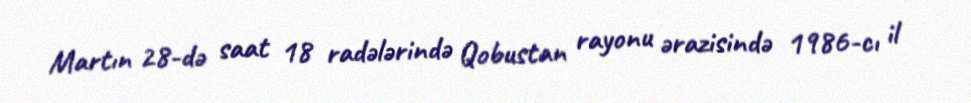
Martın 28-də saat 18 radələrində Qobustan rayonu ərazisində 1986-cı il